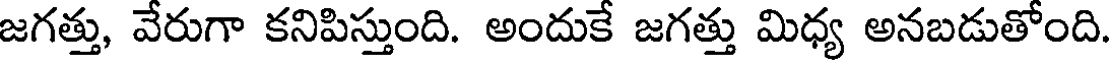
జగత్తు, వేరుగా కనిపిస్తుంది. అందుకే జగత్తు మిధ్య అనబడుతోంది.